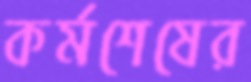
কর্মশেষের